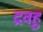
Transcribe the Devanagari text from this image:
द्रवहु